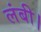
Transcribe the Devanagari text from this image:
लंबी।